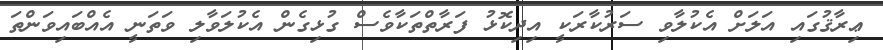
ޢިރާޤުގައި އަލަށް އެކުލާވި ސަރުކާރަކީ އިދިކޮޅު ފަރާތްތަކާވެސް ގުޅިގެން އެކުލަވާލި ވަތަނީ އެއްބައިވަންތަ